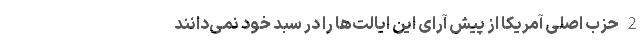
2 حزب اصلی آمریکا از پیش آرای این ایالت‌ها را در سبد خود نمی‌دانند